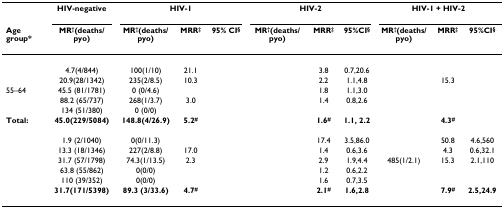
<table><thead><tr><td>[EMPTY_CELL]</td><td><b>HIV-negative</b></td><td colspan="3"><b>HIV-1</b></td><td colspan="3"><b>HIV-2</b></td><td colspan="3"><b>HIV-1 + HIV-2</b></td></tr><tr><td><b>Age group*</b></td><td><b>MR<sup>†</sup>(deaths/pyo)</b></td><td><b>MR<sup>†</sup>(deaths/pyo)</b></td><td><b>MRR<sup>‡</sup></b></td><td><b>95% CI<sup>§</sup></b></td><td><b>MR<sup>†</sup>(deaths/pyo)</b></td><td><b>MRR<sup>‡</sup></b></td><td><b>95%CI<sup>§</sup></b></td><td><b>MR<sup>†</sup>(deaths/pyo)</b></td><td><b>MRR<sup>‡</sup></b></td><td><b>95%CI<sup>§</sup></b></td></tr></thead><tbody><tr><td>[EMPTY_CELL]</td><td>[EMPTY_CELL]</td><td>[EMPTY_CELL]</td><td>[EMPTY_CELL]</td><td>[EMPTY_CELL]</td><td>[EMPTY_CELL]</td><td>[EMPTY_CELL]</td><td>[EMPTY_CELL]</td><td>[EMPTY_CELL]</td><td>[EMPTY_CELL]</td><td>[EMPTY_CELL]</td></tr><tr><td>[EMPTY_CELL]</td><td>4.7(4/844)</td><td>100(1/10)</td><td>21.1</td><td>[EMPTY_CELL]</td><td>[EMPTY_CELL]</td><td>3.8</td><td>0.7,20.6</td><td>[EMPTY_CELL]</td><td>[EMPTY_CELL]</td><td>[EMPTY_CELL]</td></tr><tr><td>[EMPTY_CELL]</td><td>20.9(28/1342)</td><td>235(2/8.5)</td><td>10.3</td><td>[EMPTY_CELL]</td><td>[EMPTY_CELL]</td><td>2.2</td><td>1.1,4.8</td><td>[EMPTY_CELL]</td><td>15.3</td><td>[EMPTY_CELL]</td></tr><tr><td>55–64</td><td>45.5 (81/1781)</td><td>0 (0/4.6)</td><td>[EMPTY_CELL]</td><td>[EMPTY_CELL]</td><td>[EMPTY_CELL]</td><td>1.8</td><td>1.1,3.0</td><td>[EMPTY_CELL]</td><td>[EMPTY_CELL]</td><td>[EMPTY_CELL]</td></tr><tr><td>[EMPTY_CELL]</td><td>88.2 (65/737)</td><td>268(1/3.7)</td><td>3.0</td><td>[EMPTY_CELL]</td><td>[EMPTY_CELL]</td><td>1.4</td><td>0.8,2.6</td><td>[EMPTY_CELL]</td><td>[EMPTY_CELL]</td><td>[EMPTY_CELL]</td></tr><tr><td>[EMPTY_CELL]</td><td>134 (51/380)</td><td>0 (0/0)</td><td>[EMPTY_CELL]</td><td>[EMPTY_CELL]</td><td>[EMPTY_CELL]</td><td>[EMPTY_CELL]</td><td>[EMPTY_CELL]</td><td>[EMPTY_CELL]</td><td>[EMPTY_CELL]</td><td>[EMPTY_CELL]</td></tr><tr><td><b>Total:</b></td><td><b>45.0(229/5084)</b></td><td><b>148.8(4/26.9)</b></td><td><b>5.2<sup>#</sup></b></td><td>[EMPTY_CELL]</td><td>[EMPTY_CELL]</td><td><b>1.6<sup>#</sup></b></td><td><b>1.1, 2.2</b></td><td>[EMPTY_CELL]</td><td><b>4.3<sup>#</sup></b></td><td>[EMPTY_CELL]</td></tr><tr><td>[EMPTY_CELL]</td><td>[EMPTY_CELL]</td><td>[EMPTY_CELL]</td><td>[EMPTY_CELL]</td><td>[EMPTY_CELL]</td><td>[EMPTY_CELL]</td><td>[EMPTY_CELL]</td><td>[EMPTY_CELL]</td><td>[EMPTY_CELL]</td><td>[EMPTY_CELL]</td><td>[EMPTY_CELL]</td></tr><tr><td>[EMPTY_CELL]</td><td>1.9 (2/1040)</td><td>0(0/11.3)</td><td>[EMPTY_CELL]</td><td>[EMPTY_CELL]</td><td>[EMPTY_CELL]</td><td>17.4</td><td>3.5,86.0</td><td>[EMPTY_CELL]</td><td>50.8</td><td>4.6,560</td></tr><tr><td>[EMPTY_CELL]</td><td>13.3 (18/1346)</td><td>227(2/8.8)</td><td>17.0</td><td>[EMPTY_CELL]</td><td>[EMPTY_CELL]</td><td>1.4</td><td>0.6,3.6</td><td>[EMPTY_CELL]</td><td>4.3</td><td>0.6,32.1</td></tr><tr><td>[EMPTY_CELL]</td><td>31.7 (57/1798)</td><td>74.3(1/13.5)</td><td>2.3</td><td>[EMPTY_CELL]</td><td>[EMPTY_CELL]</td><td>2.9</td><td>1.9,4.4</td><td>485(1/2.1)</td><td>15.3</td><td>2.1,110</td></tr><tr><td>[EMPTY_CELL]</td><td>63.8 (55/862)</td><td>0(0/0)</td><td>[EMPTY_CELL]</td><td>[EMPTY_CELL]</td><td>[EMPTY_CELL]</td><td>1.2</td><td>0.6,2.2</td><td>[EMPTY_CELL]</td><td>[EMPTY_CELL]</td><td>[EMPTY_CELL]</td></tr><tr><td>[EMPTY_CELL]</td><td>110 (39/352)</td><td>0(0/0)</td><td>[EMPTY_CELL]</td><td>[EMPTY_CELL]</td><td>[EMPTY_CELL]</td><td>1.6</td><td>0.7,3.5</td><td>[EMPTY_CELL]</td><td>[EMPTY_CELL]</td><td>[EMPTY_CELL]</td></tr><tr><td>[EMPTY_CELL]</td><td><b>31.7(171/5398)</b></td><td><b>89.3 (3/33.6)</b></td><td><b>4.7<sup>#</sup></b></td><td>[EMPTY_CELL]</td><td>[EMPTY_CELL]</td><td><b>2.1<sup>#</sup></b></td><td><b>1.6,2.8</b></td><td>[EMPTY_CELL]</td><td><b>7.9<sup>#</sup></b></td><td><b>2.5,24.9</b></td></tr></tbody></table>